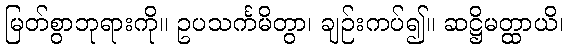
မြတ်စွာဘုရားကို။ ဥပသင်္ကမိတွာ၊ ချဉ်းကပ်၍။ ဆဋ္ဌိမတ္ထာယိ၊